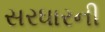
સરધારની